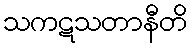
သကဋသတာနီတိ